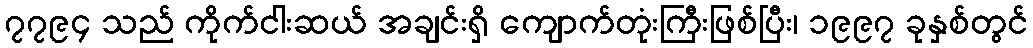
၇၇၉၄ သည် ကိုက်ငါးဆယ် အချင်းရှိ ကျောက်တုံးကြီးဖြစ်ပြီး၊ ၁၉၉၇ ခုနှစ်တွင်